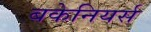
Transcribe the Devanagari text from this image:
बकेनियर्स